Insane asylums in Bengal annual reports 1876-1887 - 1876-1887
Year: 1876
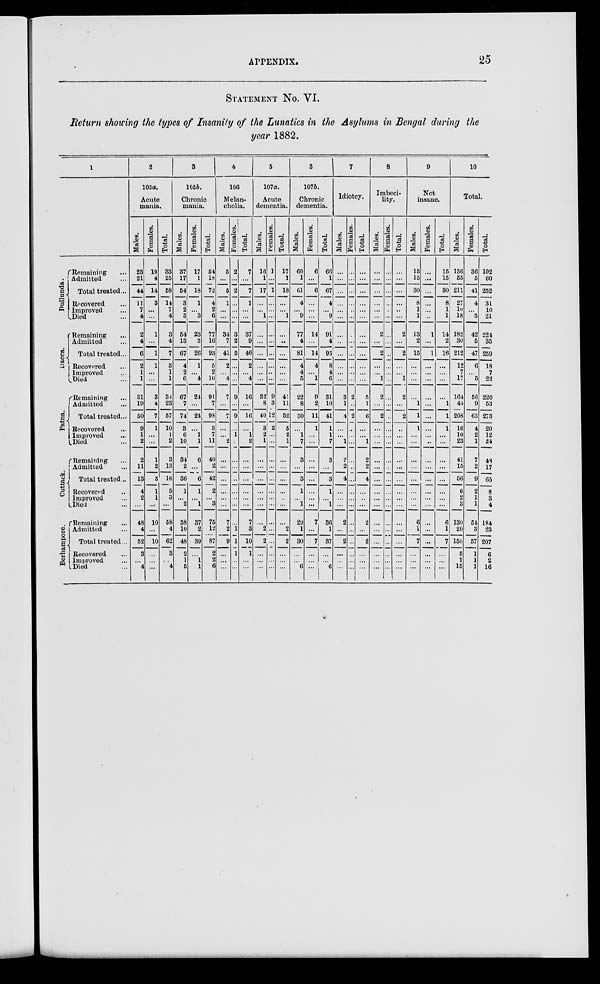
APPENDIX.
25
STATEMENT No. VI.
Return showing the types of Insanity of the Lunatics in the Asylums in Bengal during the
year 1882.
1
Dullunda.
Dacca.
Patna.
Cuttack.
Berhampore.
Remaining ...
Admitted ...
Total treated...
Recovered ...
Improved ...
Died ...
Remaining ...
Admitted ...
Total treated...
Recovered ...
Improved ...
Died ...
Remaining ...
Admitted ...
Total treated...
Recovered ...
Improved ...
Died ...
Remaining ...
Admitted ...
Total treated...
Recovered ...
Improved ...
Died ...
Remaining ...
Admitted ...
Total treated...
Recovered ...
Improved ...
Died ...
2
105a.
Acute
mania.
Males.
23
21
44
11
7
4
2
4
6
2
1
1
31
19
50
9
1
2
2
11
13
4
2
...
48
4
52
3
...
4
Females.
10
4
14
3
...
...
1
...
1
1
...
...
31
4
7
1
...
...
1
2
3
1
1
...
10
...
10
...
...
...
Total.
33
25
58
14
7
4
3
4
7
3
1
1
34
23
57
10
1
2
3
13
16
5
3
...
58
4
62
3
...
4
3
105b.
Chronic
mania.
Males.
37
17
54
3
2
3
54
13
67
4
2
6
67
7
74
3
6
10
34
2
36
1
...
2
38
10
48
2
1
5
Females.
17
1
18
1
...
3
23
3
26
1
...
4
21
...
24
...
1
1
6
...
6
1
...
1
37
2
39
...
1
1
Total.
54
18
72
4
2
6
77
16
93
5
2
10
91
7
98
3
7
11
40
2
42
2
...
3
75
12
87
2
2
6
4
106
Melan-
cholia.
Males.
5
...
5
1
...
...
34
7
41
2
...
4
7
...
7
...
...
2
...
...
...
...
...
...
7
2
9
...
...
...
Females.
2
...
2
...
...
...
3
2
5
...
...
...
9
...
9
...
1
...
...
...
...
...
...
...
...
1
1
1
...
...
Total.
7
...
7
1
...
...
37
9
46
2
...
4
16
...
16
...
1
2
...
...
...
...
...
...
7
3
10
1
...
...
5
107a.
Acute
dementia.
Males.
16
1
17
...
...
1
...
...
...
...
...
...
32
8
40
3
2
1
...
...
...
...
...
...
...
2
2
...
...
...
Females.
1
...
1
...
...
...
...
...
...
...
...
...
9
3
12
2
...
...
...
...
...
...
...
...
...
...
...
...
...
...
Total.
17
1
18
...
...
1
...
...
...
...
...
...
41
11
52
5
2
1
...
...
...
...
...
...
...
2
2
...
...
...
6
107b.
Chronic
dementia.
Males.
60
1
61
4
...
9
77
4
81
4
4
5
22
8
30
...
1
7
3
...
3
1
...
1
29
1
30
...
...
6
Females.
6
...
6
...
...
...
14
...
14
4
...
1
9
2
11
1
...
...
...
...
...
...
...
...
7
...
7
...
...
...
Total.
66
1
67
4
...
9
91
4
95
8
4
6
31
10
41
1
1
7
3
...
3
1
...
1
36
1
37
...
...
6
7
Idiotcy.
Males.
...
...
...
...
...
...
...
...
...
...
...
...
3
1
4
...
...
1
2
2
4
...
...
...
2
...
2
...
...
...
Females.
...
...
...
...
...
...
...
...
...
...
...
...
2
...
2
...
...
...
...
...
...
...
...
...
...
...
...
...
...
...
Total.
...
...
...
...
...
...
...
...
...
...
...
...
5
1
6
...
...
1
2
2
4
...
...
...
2
...
2
...
...
...
8
Imbeci-
lity.
Males.
...
...
...
...
...
...
2
...
2
...
...
1
2
...
2
...
...
...
...
...
...
...
...
...
...
...
...
...
...
...
Females.
...
...
...
...
...
...
...
...
...
...
...
...
...
...
...
...
...
...
...
...
...
...
...
...
...
...
...
...
...
...
Total.
...
...
...
...
...
...
2
...
2
...
...
1
2
...
2
...
...
...
...
...
...
...
...
...
...
...
...
...
...
...
9
Not
insane.
Males.
15
15
30
8
1
1
13
2
15
...
...
...
...
1
1
1
...
...
...
...
...
...
...
...
6
1
7
...
...
...
Females.
...
...
...
...
...
...
1
...
1
...
...
...
...
...
...
...
...
...
...
...
...
...
...
...
...
...
...
...
...
...
Total.
15
15
30
8
1
1
14
2
16
...
...
...
...
1
1
1
...
...
...
...
...
...
...
...
6
1
7
...
...
...
10
Total.
Males.
156
55
211
27
10
18
182
30
212
12
7
17
164
44
208
16
10
23
41
15
56
6
2
3
130
20
150
5
1
15
Females.
36
5
41
4
...
3
42
5
47
6
...
5
56
9
65
4
2
1
7
2
9
2
1
1
54
3
57
1
1
1
Total.
192
60
252
31
10
21
224
35
259
18
7
22
220
53
273
20
12
24
48
17
65
8
3
4
184
23
207
6
2
16